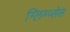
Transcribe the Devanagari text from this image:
ग्लिम्प्सेस